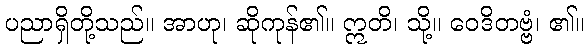
ပညာရှိတို့သည်။ အာဟု၊ ဆိုကုန်၏။ ဣတိ၊ သို့။ ဝေဒိတဗ္ဗံ၊ ၏။